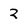
Character: 2